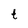
Character: t